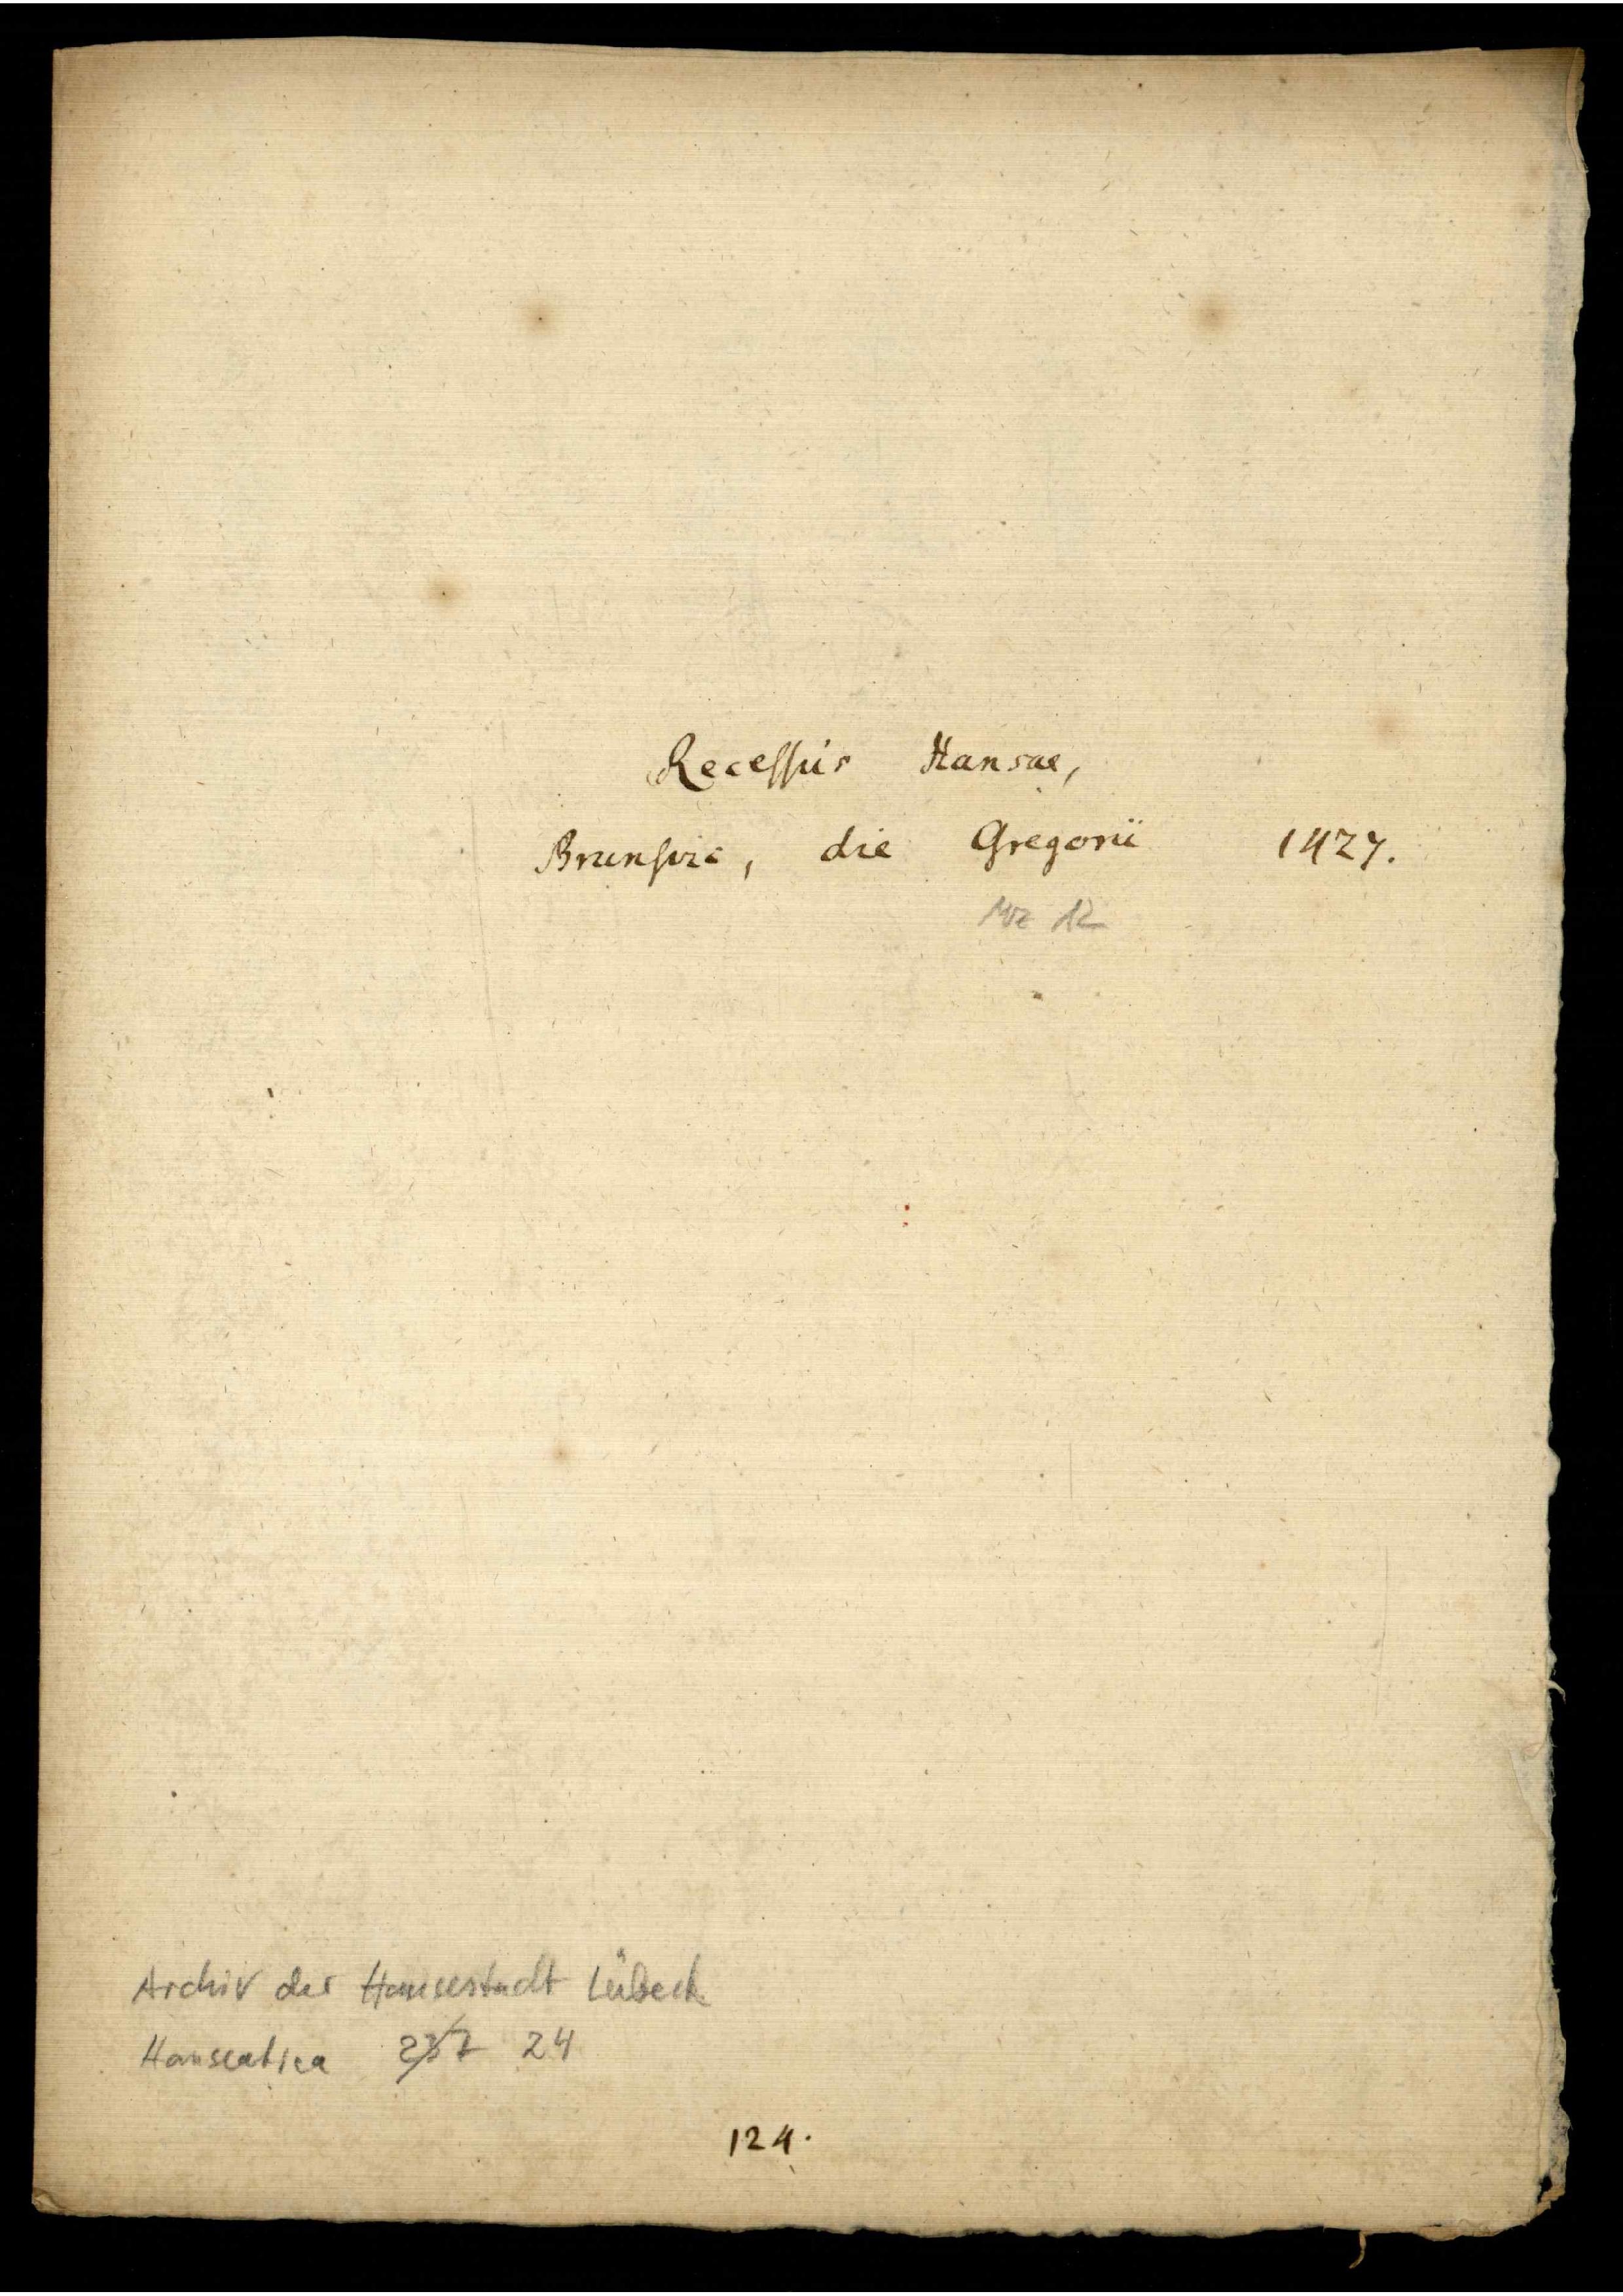
Recessus Hansae,
Brunsvic, die Gregorii

1427.